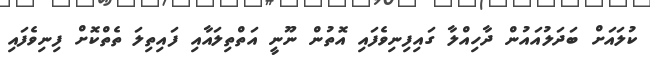
ކުލައަށް ބަދަލުއައުން ދާހިއްލާ ގައިފިނިވެފައި އޮތުން ނޫނީ އަތްތިލައާއި ފައިތިލަ ތެތްކޮށް ފިނިވެފައި